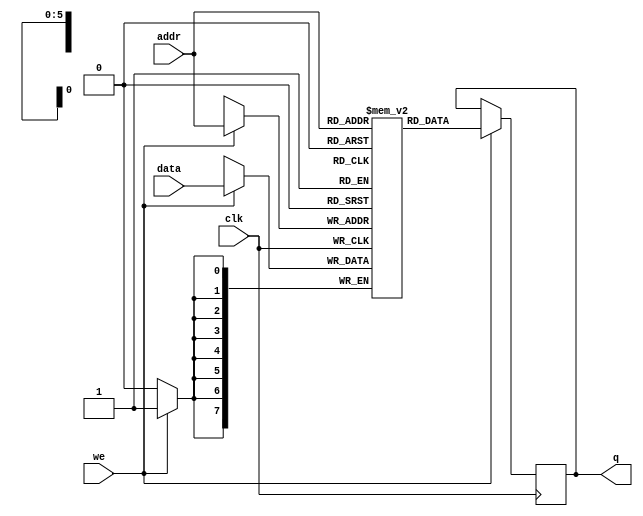
module single_port_ram # (
	parameter DATA_WIDTH = 8,
	parameter ADDR_WIDTH = 6
) (
	input [DATA_WIDTH-1:0] data,
	input [ADDR_WIDTH-1:0] addr,
	input we, clk,
	output reg [DATA_WIDTH-1:0] q
);

	// Declare the RAM variable

	reg [DATA_WIDTH-1:0] ram[0:2**ADDR_WIDTH-1];
	
	always @ (posedge clk)
	begin
	// Write and Read enable
		if (we) begin
			ram[addr] <= data;
			q <= ram[addr];
		end
	end
	
endmodule